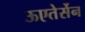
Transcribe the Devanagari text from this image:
ऊएतेर्सेन